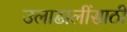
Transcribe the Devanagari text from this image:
उलाढालींसाठी